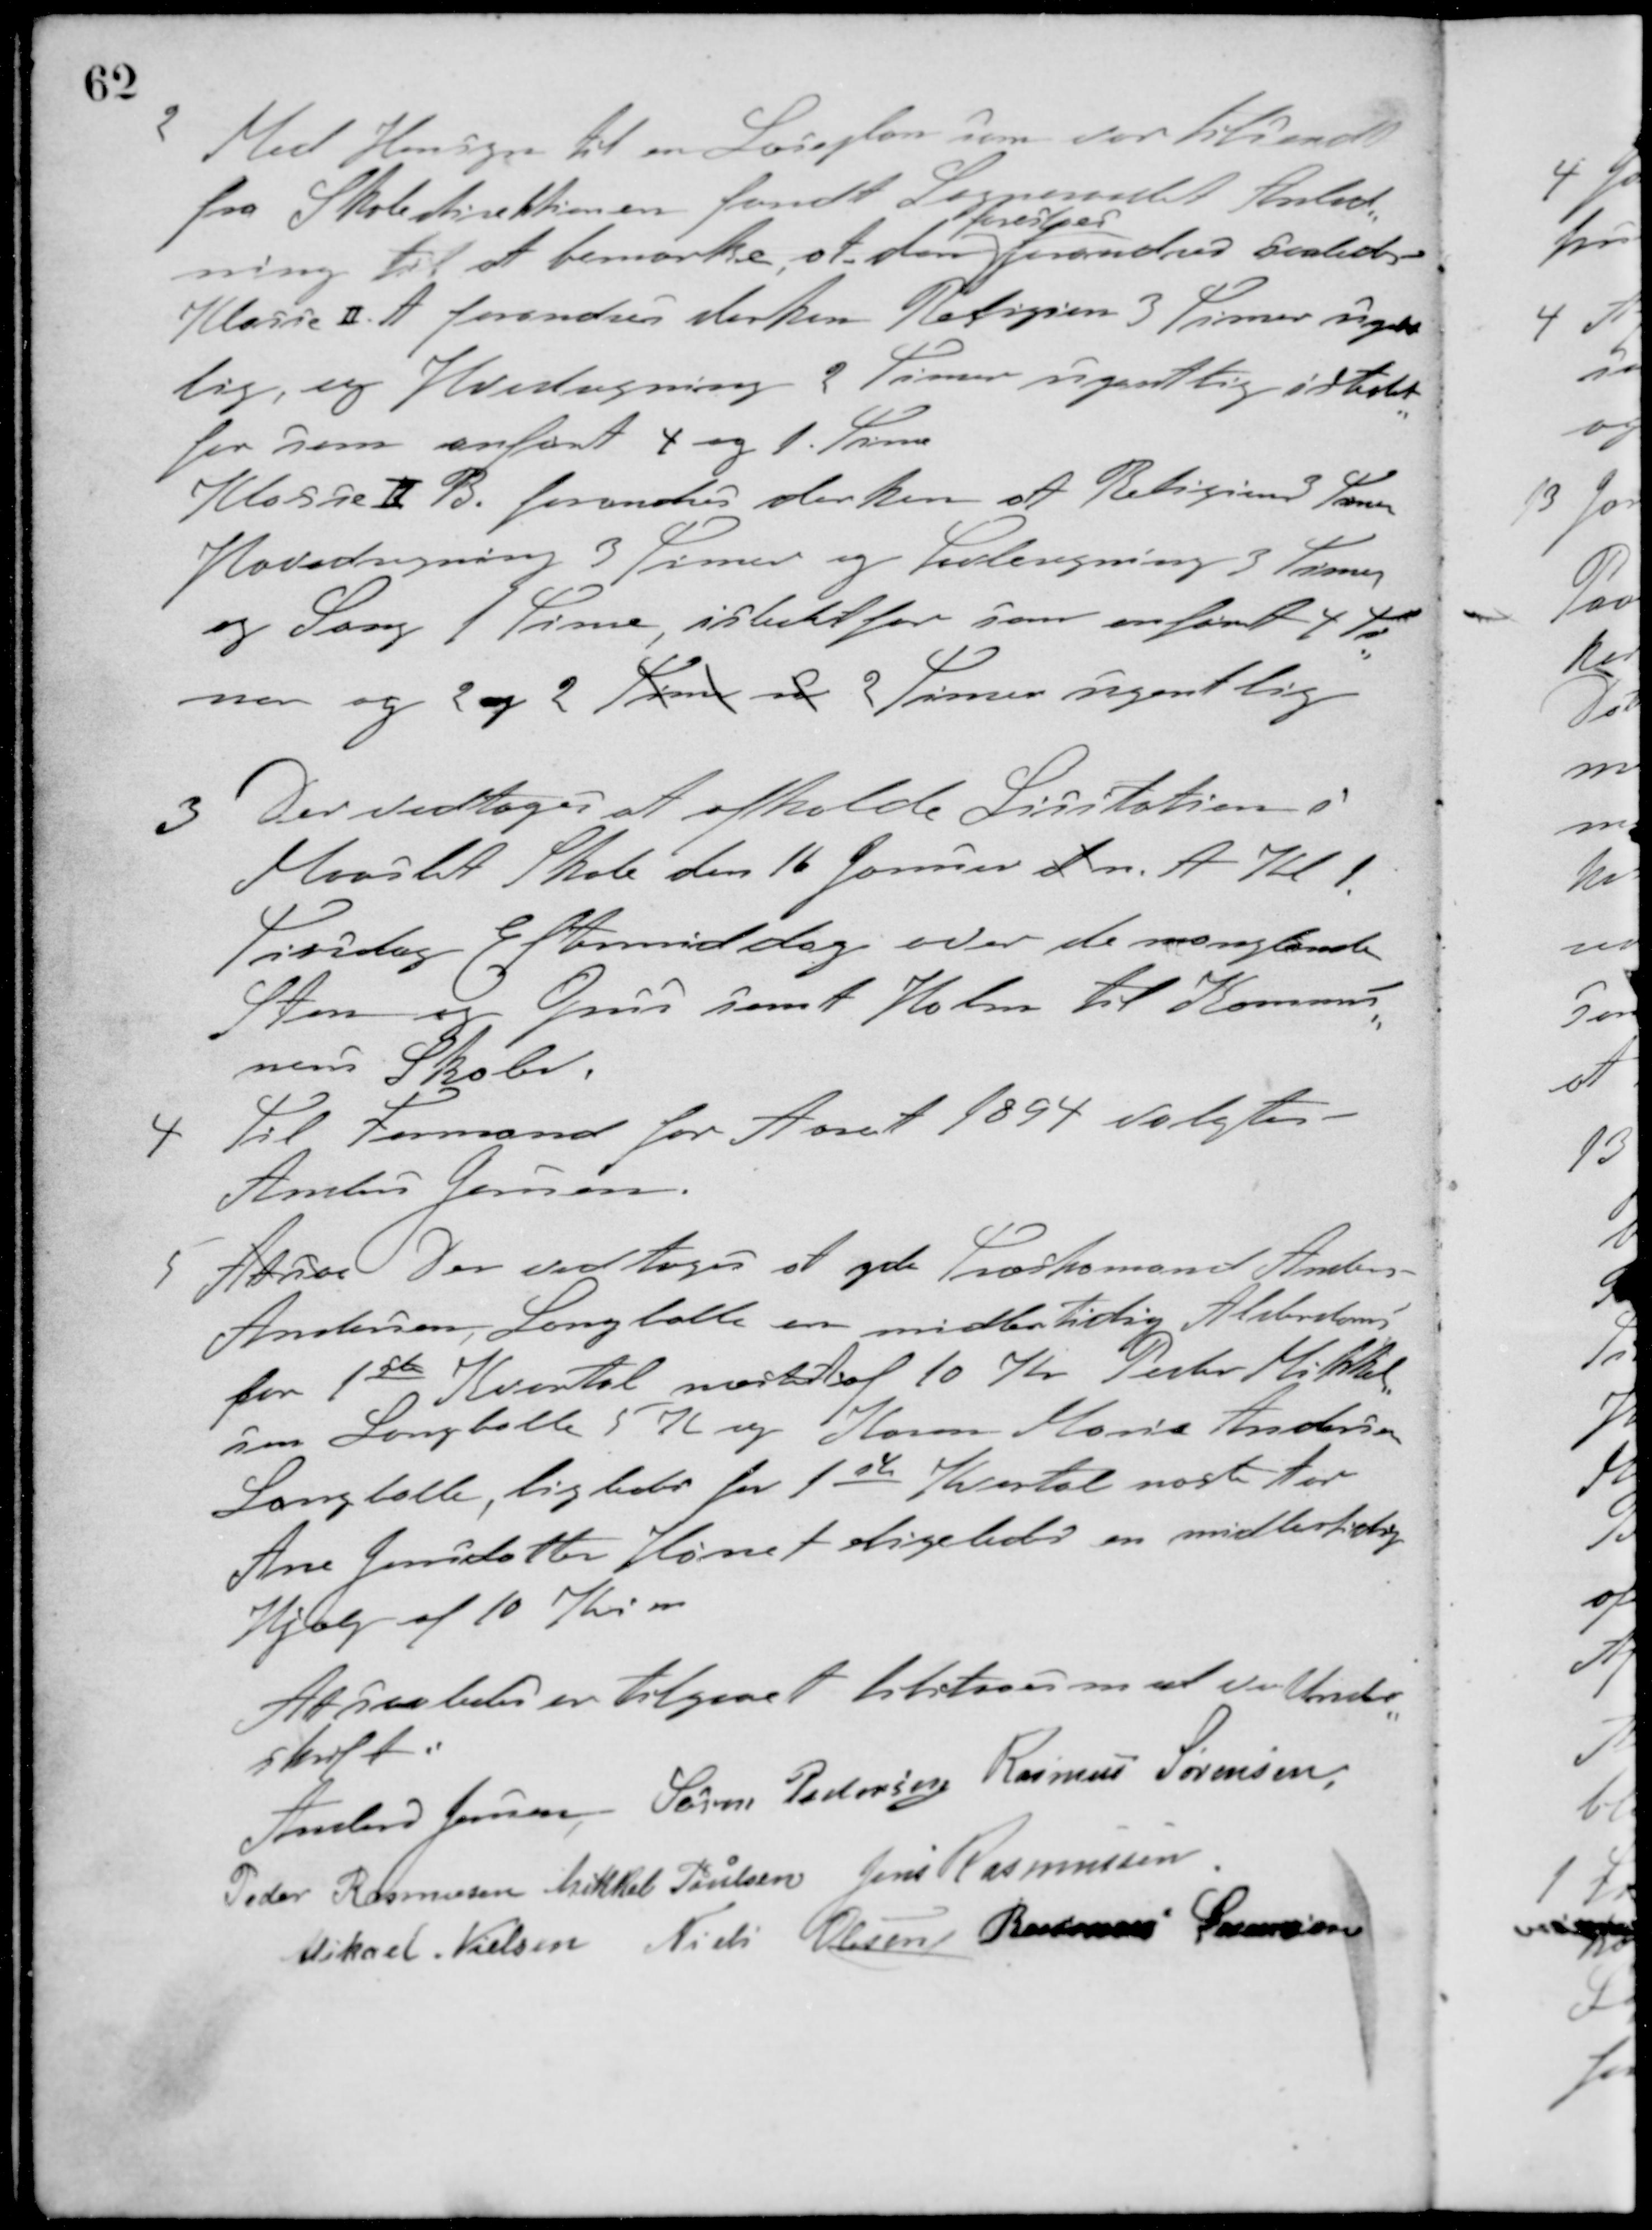
Transskription:
2 Med Hensyn til en Læseplan som var tilsendt
fra Skoledirektionen fandt Sogneraadet Anled-
ning til at bemærke, at den
foreslaar
forandres saaledes
Klasse Ⅱ A. forandres derhen Religion 3 Timer ugen-
lig, og Hovedregning 2 Timer ugentlig istedet
for som anført 4 og 1 Time
Klasse Ⅱ B. forandres derhen at Religion 3 Timer
Hovedregning 3 Timer og Tavleregning 3 Timer
og Sang 1 Time, istedet for som anført 4 Ti-
mer og 2 og 2 Timer is 2 Timer ugentlig
3 Der vedtoges at afholde Licitation i
Maarslet Skole den 16 Januar d n. A. Kl. 1.
Tirsdag Eftermiddag over de manglende
Sten og Grus samt Halm til Kommu-
nens Skole.
4 Til Formand for Aaret 1894 valgtes
Anders Jensen
5 AAsoe Der vedtoges at yde Træskomand Anders
Andersen, Langballe en midlertidig Alderdoms
for 1ste Kvartal næste Aar af 10 Kr. Peter Mikkel-
sen Langballe 5 Kr. og Karen Marie Andersen
Langballe, ligledes for 1ste Kvartal næste Aar.
Ane Jensdatter Hørret ligeledes en midlertidig
Hjælp af 10 Kroner
At saaledes er tilgaaet tilstaaes med vor Under-
skrift.
Anders Jensen Søren Pedersen Rasmus Sørensen
Peder Rasmussen Mikkel Poulsen Jens Rasmussen
Mikael Nielsen Niels Olesen Rasmus Sørensen